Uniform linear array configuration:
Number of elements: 24
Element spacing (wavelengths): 0.75
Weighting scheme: binomial
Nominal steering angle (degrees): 45
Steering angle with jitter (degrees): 46.682
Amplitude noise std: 0.05
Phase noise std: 0.05

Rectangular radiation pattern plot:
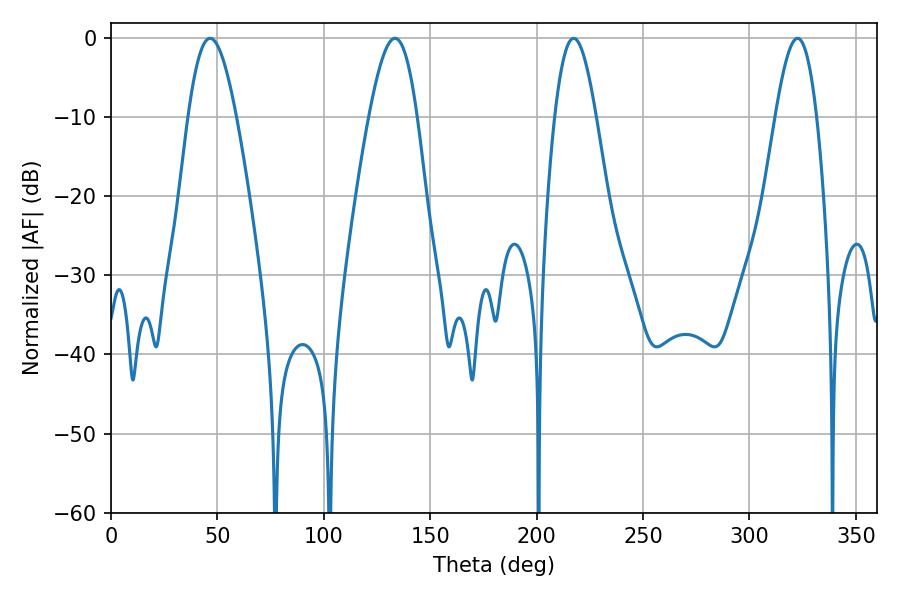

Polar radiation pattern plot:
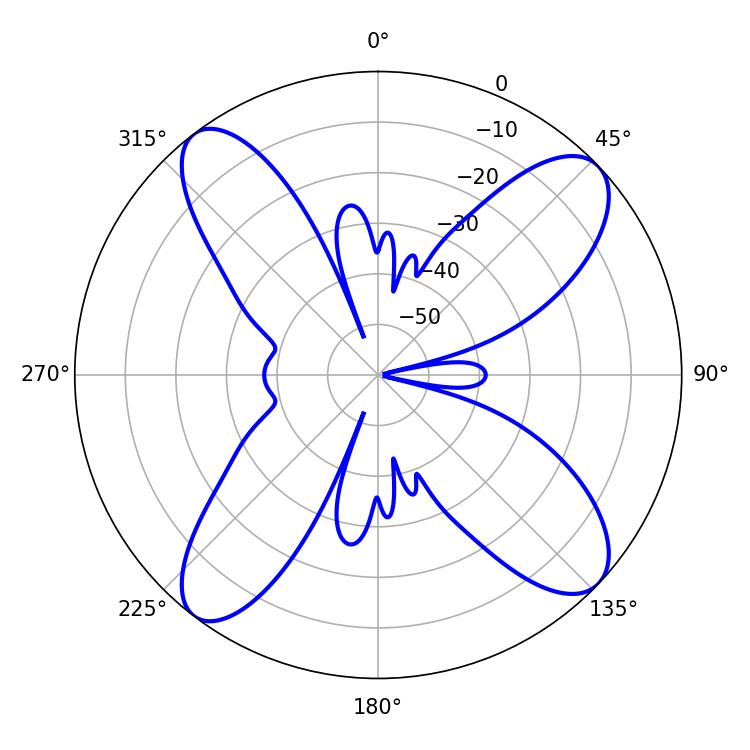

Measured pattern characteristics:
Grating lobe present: TRUE
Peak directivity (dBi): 13.319
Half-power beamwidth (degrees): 10.44
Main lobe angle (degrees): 217.44